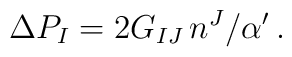
\Delta P_I = 2G_{IJ}\,n^J/\alpha^\prime\, .